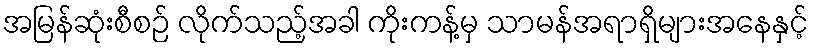
အမြန်ဆုံးစီစဉ် လိုက်သည့်အခါ ကိုးကန့်မှ သာမန်အရာရှိများအနေနှင့်